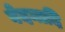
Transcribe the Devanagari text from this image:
वेदनादि